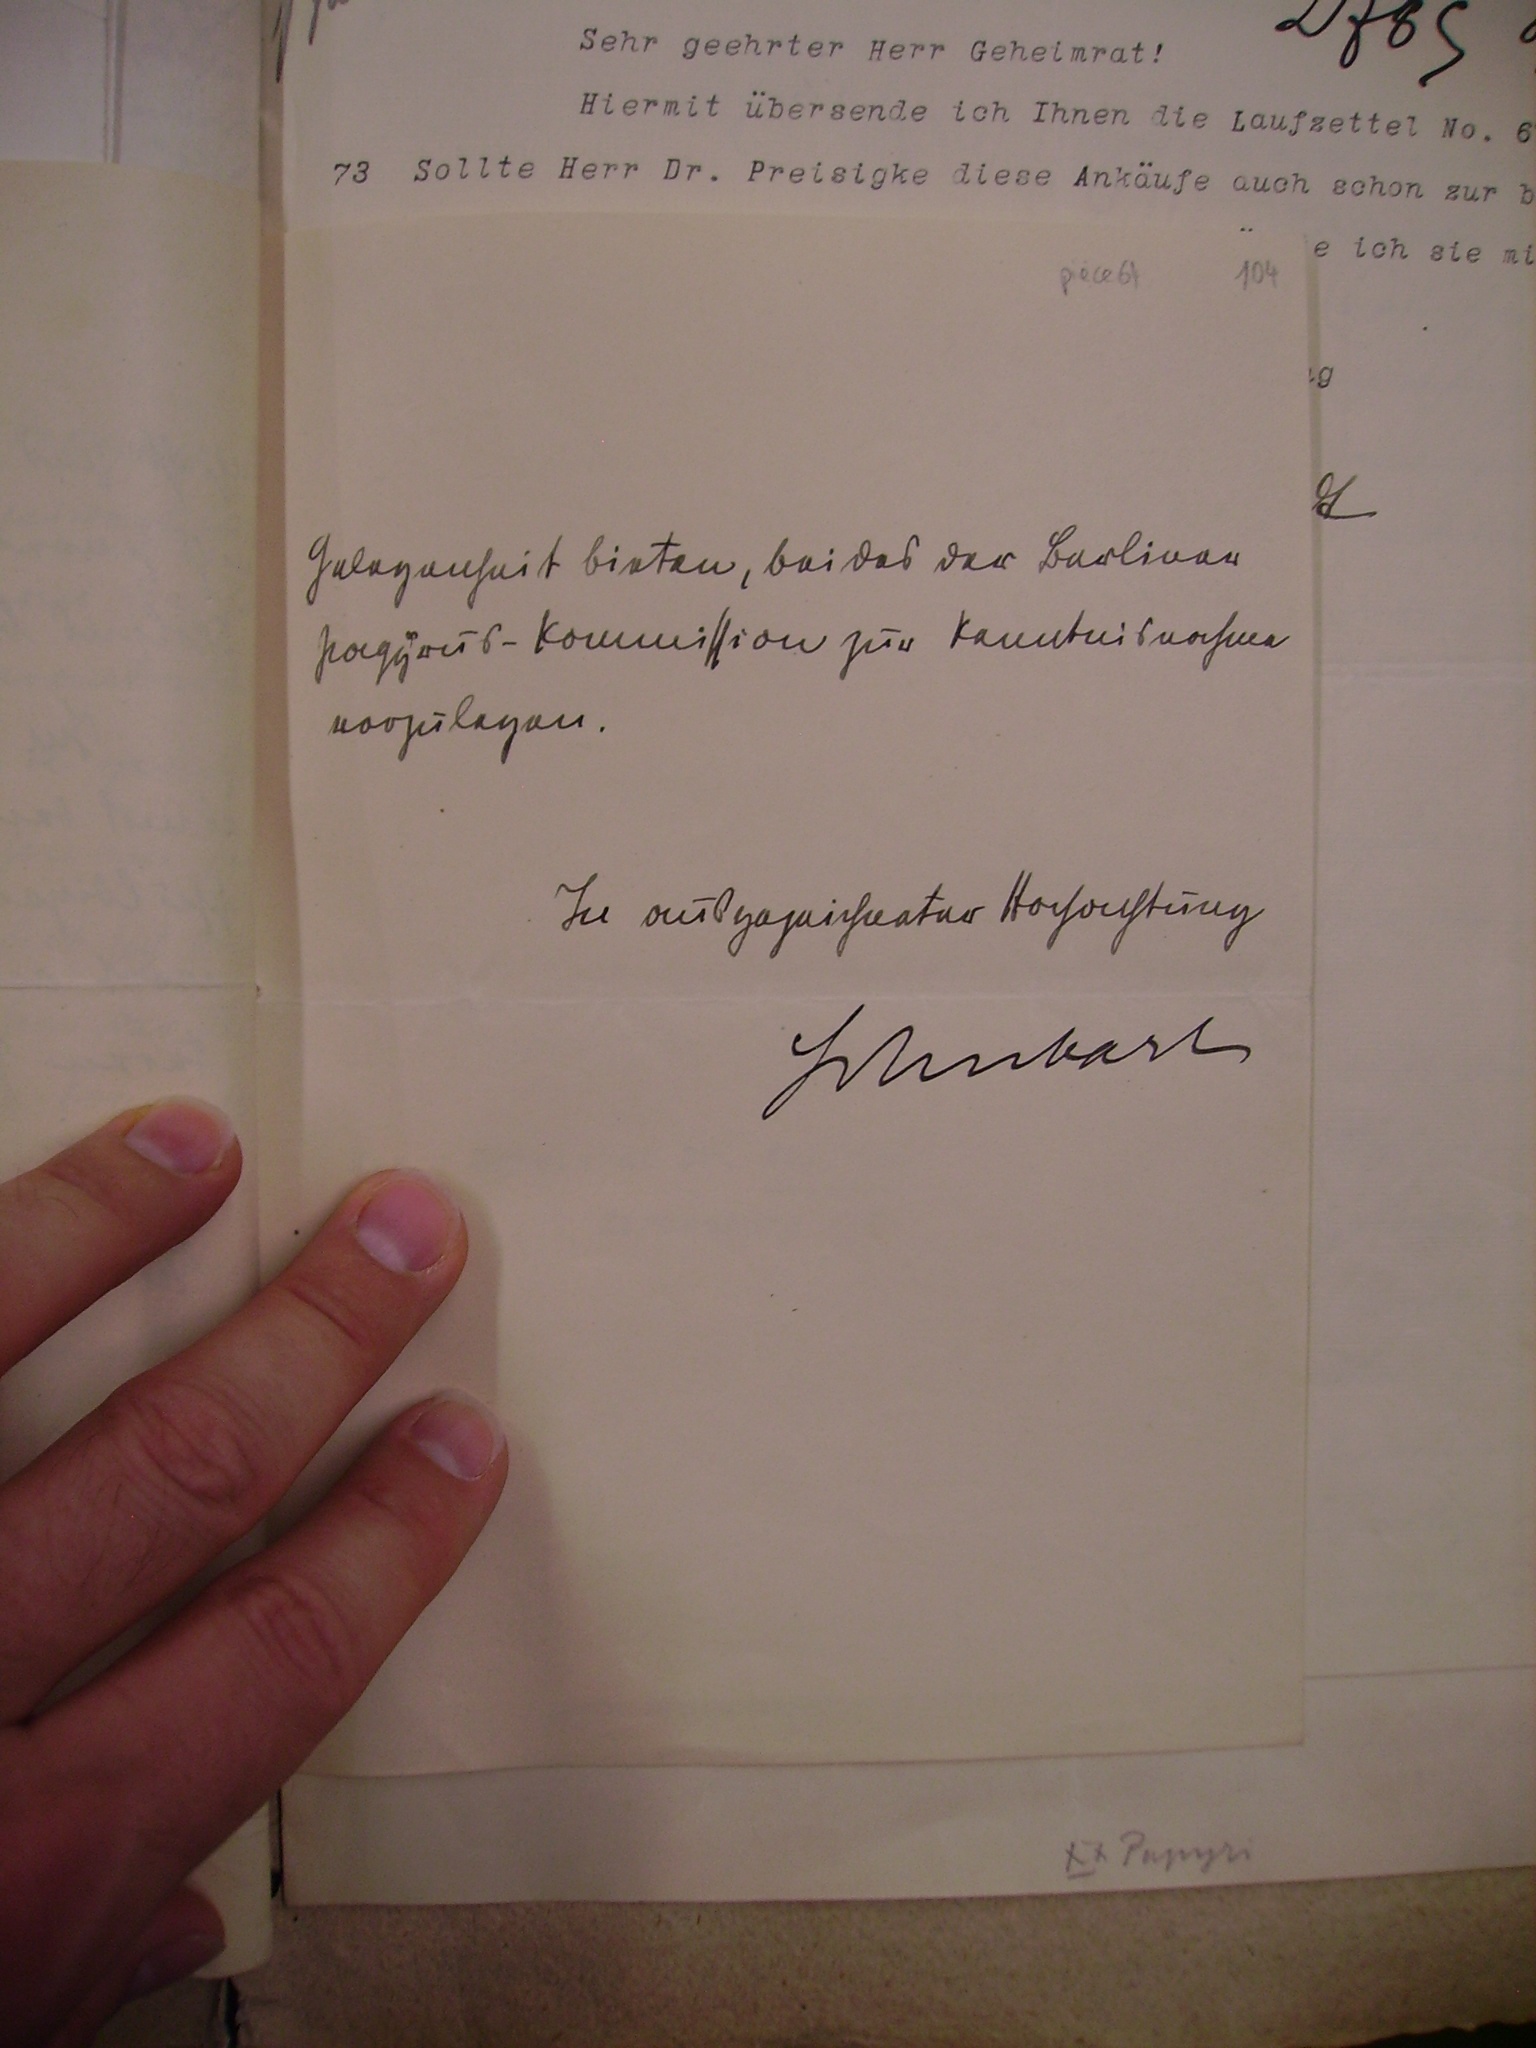
Gelegenheit bieten, bei das die Berliner
Papyrus-Kommission zur Kenntnisnahme
vorzulegen.
In ausgezeichneter Hochachtung
Schubart